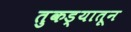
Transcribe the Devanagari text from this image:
तुकड्यातून